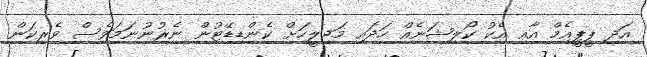
އަދި ޕީޕީއެމް އާއި އެކު ކޯލިޝަނެއް ހަދައި މަޖިލީހަށް ކެންޑިޑޭޓުން ނެރުނުނަމަވެސް ވެރިކަން